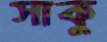
সাকু